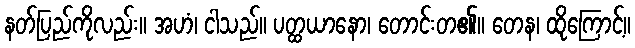
နတ်ပြည်ကိုလည်း။ အဟံ၊ ငါသည်။ ပတ္ထယာနော၊ တောင်းတ၏။ တေန၊ ထိုကြောင့်။